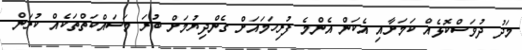
މަދު ދުވަސްކޮޅެއް ކަމަށާއި އެކަން އެންމެ ފުރިހަމައަށް ގެންދިޔުމަށް ބުރަ މަސައްކަތްތަކެއް ކުރަން